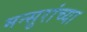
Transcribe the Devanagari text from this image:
मन्सुरांच्या